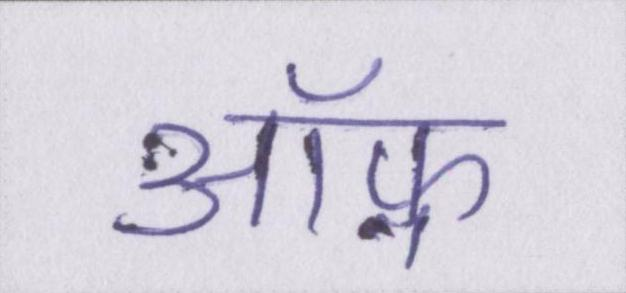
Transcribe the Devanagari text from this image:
ऑफ़